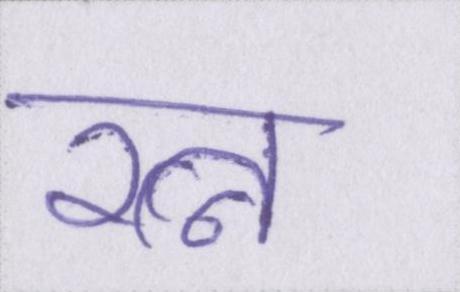
रत्न